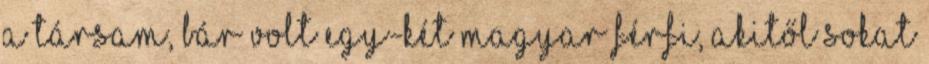
a társam, bár volt egy-két magyar férfi, akitől sokat